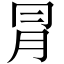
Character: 冐